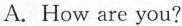
A.How are you?